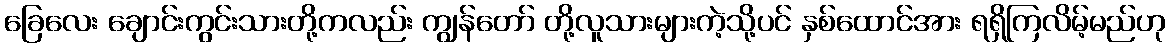
ခြေလေး ချောင်းကွင်းသားတို့ကလည်း ကျွန်တော် တို့လူသားများကဲ့သို့ပင် နှစ်ထောင်အား ရရှိကြလိမ့်မည်ဟု